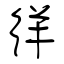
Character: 徉